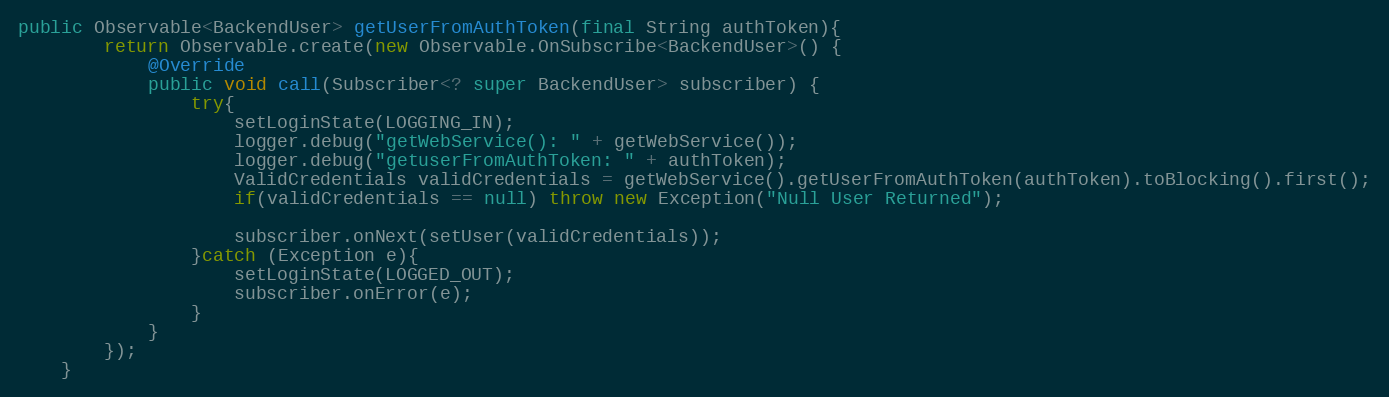
Language: Java
public Observable<BackendUser> getUserFromAuthToken(final String authToken){
        return Observable.create(new Observable.OnSubscribe<BackendUser>() {
            @Override
            public void call(Subscriber<? super BackendUser> subscriber) {
                try{
                    setLoginState(LOGGING_IN);
                    logger.debug("getWebService(): " + getWebService());
                    logger.debug("getuserFromAuthToken: " + authToken);
                    ValidCredentials validCredentials = getWebService().getUserFromAuthToken(authToken).toBlocking().first();
                    if(validCredentials == null) throw new Exception("Null User Returned");

                    subscriber.onNext(setUser(validCredentials));
                }catch (Exception e){
                    setLoginState(LOGGED_OUT);
                    subscriber.onError(e);
                }
            }
        });
    }